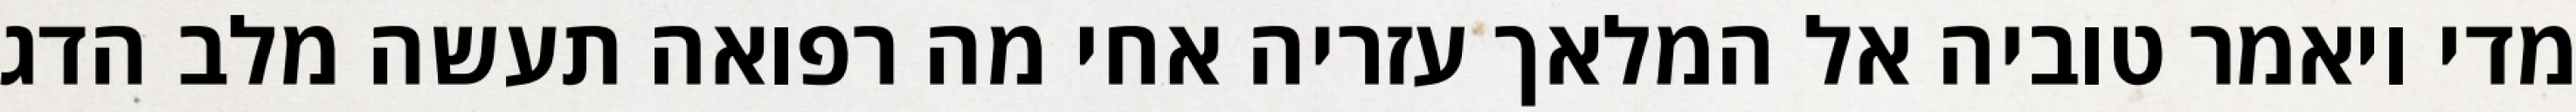
מדי ויאמר טוביה אל המלאך עזריה אחי מה רפואה תעשה מלב הדג